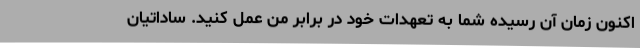
اکنون زمان آن رسیده شما به تعهدات خود در برابر من عمل کنید. ساداتیان